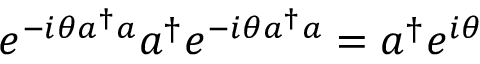
e ^ { - i \theta a ^ { \dagger } a } a ^ { \dagger } e ^ { - i \theta a ^ { \dagger } a } = a ^ { \dagger } e ^ { i \theta }